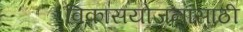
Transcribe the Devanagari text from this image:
विकासयोजनांसाठी